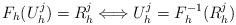
LaTeX: \begin{align*} F_h(U_h^{j}) = R_h^j \Longleftrightarrow U_h^j= F_h^{-1}(R_h^j) \end{align*}